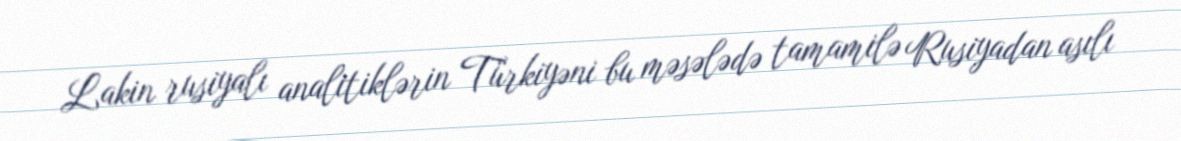
Lakin rusiyalı analitiklərin Türkiyəni bu məsələdə tamamilə Rusiyadan asılı